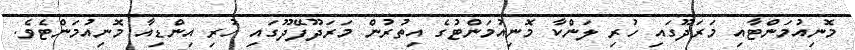
މޮނިއުމަންޓާއި މަރަދޫގައި ހުރި ލަންކާ މޮނިއުމަންޓުގެ އިތުރުން މަރަދޫފޭދޫގައި ހުރި އިންޑިއާ މޮނިއުމަންޓެވެ.